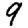
Digit: 9